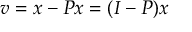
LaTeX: v = x - P x = ( I - P ) x